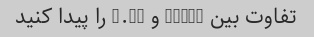
تفاوت بین 11/80 و 0.13 را پیدا کنید